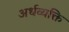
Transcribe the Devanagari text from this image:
अर्धव्यक्ति